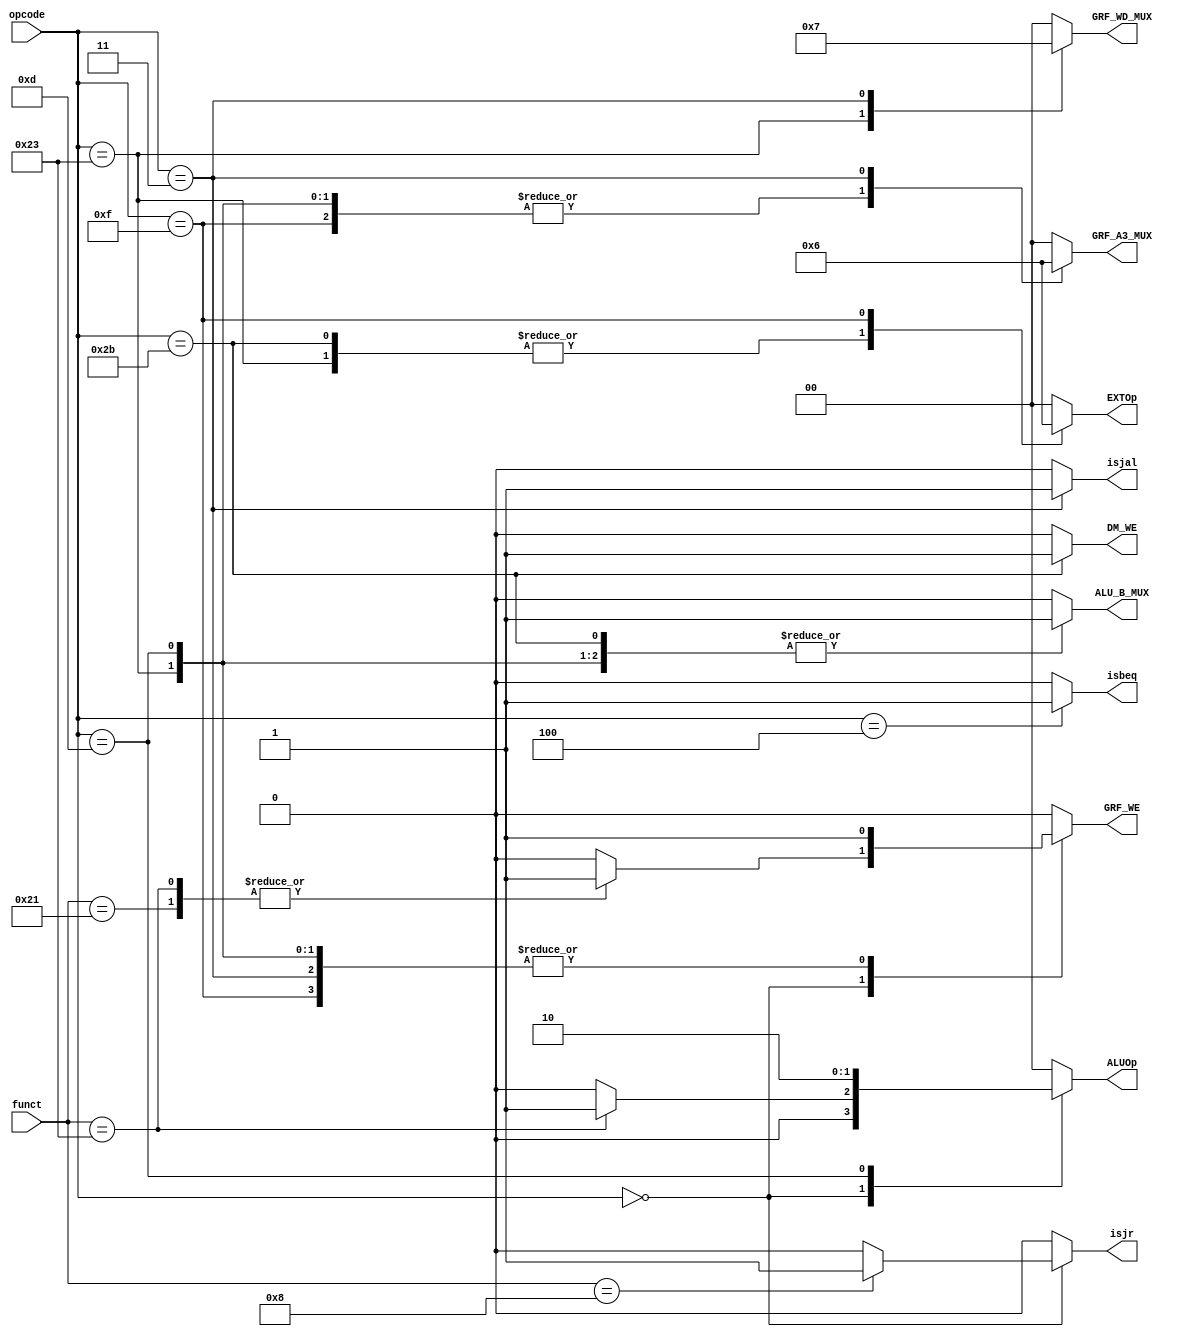
`timescale 1ns / 1ps
//////////////////////////////////////////////////////////////////////////////////
// Company:
// Engineer:
//
// Design Name:
// Module Name:    controller
// Project Name:
// Target Devices:
// Tool versions:
// Description:
//
// Dependencies:
//
// Revision:
// Revision 0.01 - File Created
// Additional Comments:
//
//////////////////////////////////////////////////////////////////////////////////
module controller(input [5:0] opcode,
                  input [5:0] funct,
                  output reg isbeq,
                  output reg isjal,
                  output reg isjr,
                  output reg [1:0] GRF_A3_MUX,
                  output reg [1:0] GRF_WD_MUX,
                  output reg GRF_WE,
                  output reg ALU_B_MUX,
                  output reg [1:0] ALUOp,
                  output reg DM_WE,
                  output reg [1:0] EXTOp);

localparam R   = 6'b000000;
localparam ori = 6'b001101;
localparam lw  = 6'b100011;
localparam sw  = 6'b101011;
localparam beq = 6'b000100;
localparam lui = 6'b001111;
localparam jal = 6'b000011;

localparam addu = 6'b100001;
localparam subu = 6'b100011;
localparam jr   = 6'b001000;

always @(*) begin
    isbeq = 0;
    isjal = 0;
    isjr = 0;
    GRF_A3_MUX = 0;
    GRF_WD_MUX = 0;
    GRF_WE = 0;
    ALU_B_MUX = 0;
    ALUOp = 0;
    DM_WE = 0;
    EXTOp = 0;
    case(opcode)
        R: begin
            case (funct)
                addu: begin
                    GRF_WE <= 1;
                end
                subu: begin
                    GRF_WE <= 1;
                    ALUOp <= 1;
                end
                jr: begin
                    isjr <= 1;
                end
                default: begin
                    isbeq <= 0;
                    isjal <= 0;
                    isjr <= 0;
                    GRF_A3_MUX <= 0;
                    GRF_WD_MUX <= 0;
                    GRF_WE <= 0;
                    ALU_B_MUX <= 0;
                    ALUOp <= 0;
                    DM_WE <= 0;
                    EXTOp <= 0;
                end
            endcase
        end

        ori: begin
            GRF_WE <= 1;
            GRF_A3_MUX <= 1;
            ALU_B_MUX <= 1;
            ALUOp <= 2;
        end

        lw : begin
            GRF_WE <= 1;
            GRF_A3_MUX <= 1;
            GRF_WD_MUX <= 1;
            ALU_B_MUX <= 1;
            EXTOp <= 1;
        end

        sw : begin
            ALU_B_MUX <= 1;
            DM_WE <= 1;
            EXTOp <= 1;
        end

        beq: begin
            isbeq <= 1;
        end

        lui: begin
            GRF_A3_MUX <= 1;
            GRF_WE <= 1;
            EXTOp <= 2;
        end

        jal: begin
            isjal <= 1;
            GRF_WE <= 1;
            GRF_A3_MUX <= 2;
            GRF_WD_MUX <= 3;
        end

        default: begin
            isbeq <= 0;
            isjal <= 0;
            isjr <= 0;
            GRF_A3_MUX <= 0;
            GRF_WD_MUX <= 0;
            GRF_WE <= 0;
            ALU_B_MUX <= 0;
            ALUOp <= 0;
            DM_WE <= 0;
            EXTOp <= 0;
        end
    endcase
end

endmodule